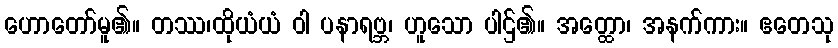
ဟောတော်မူ၏။ တဿ၊ထိုယံယံ ဝါ ပနာရဗ္ဘ၊ ဟူသော ပါဌ်၏။ အတ္ထော၊ အနက်ကား။ ဧတေသု